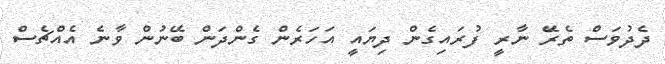
ދެދުވަސް ތެރޭަ ނާރީ ފުރައިގެން ދިޔައީ އަހަރެން ގެންދަން ބޭނުން ވާނެ އެއްޗެސް